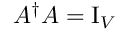
A ^ { \dagger } A = \operatorname { I } _ { V }